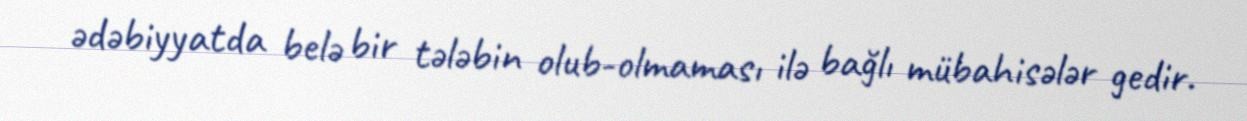
ədəbiyyatda belə bir tələbin olub-olmaması ilə bağlı mübahisələr gedir.